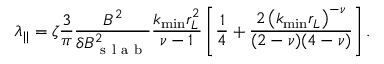
\lambda _ { | | } = \zeta \frac { 3 } { \pi } \frac { B ^ { 2 } } { \delta B _ { \mathrm { ~ s ~ l ~ a ~ b ~ } } ^ { 2 } } \frac { k _ { \operatorname* { m i n } } r _ { L } ^ { 2 } } { \nu - 1 } \left[ \frac { 1 } { 4 } + \frac { 2 \left( k _ { \operatorname* { m i n } } r _ { L } \right) ^ { - \nu } } { ( 2 - \nu ) ( 4 - \nu ) } \right] .